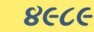
૪૯૮૯